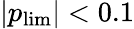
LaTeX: |p_{\mathrm{lim}}|<0.1